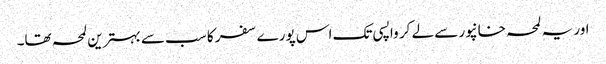
اور یہ لمحہ خانپور سے لے کر واپسی تک اس پورے سفر کا سب سے بہترین لمحہ تھا۔